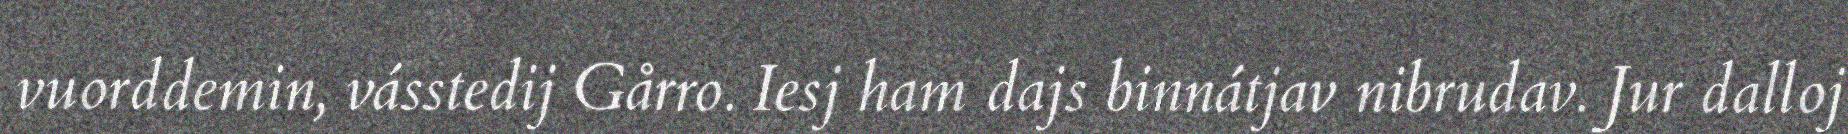
vuorddemin, vásstedij Gårro. Iesj ham dajs binnátjav nibrudav. Jur dalloj